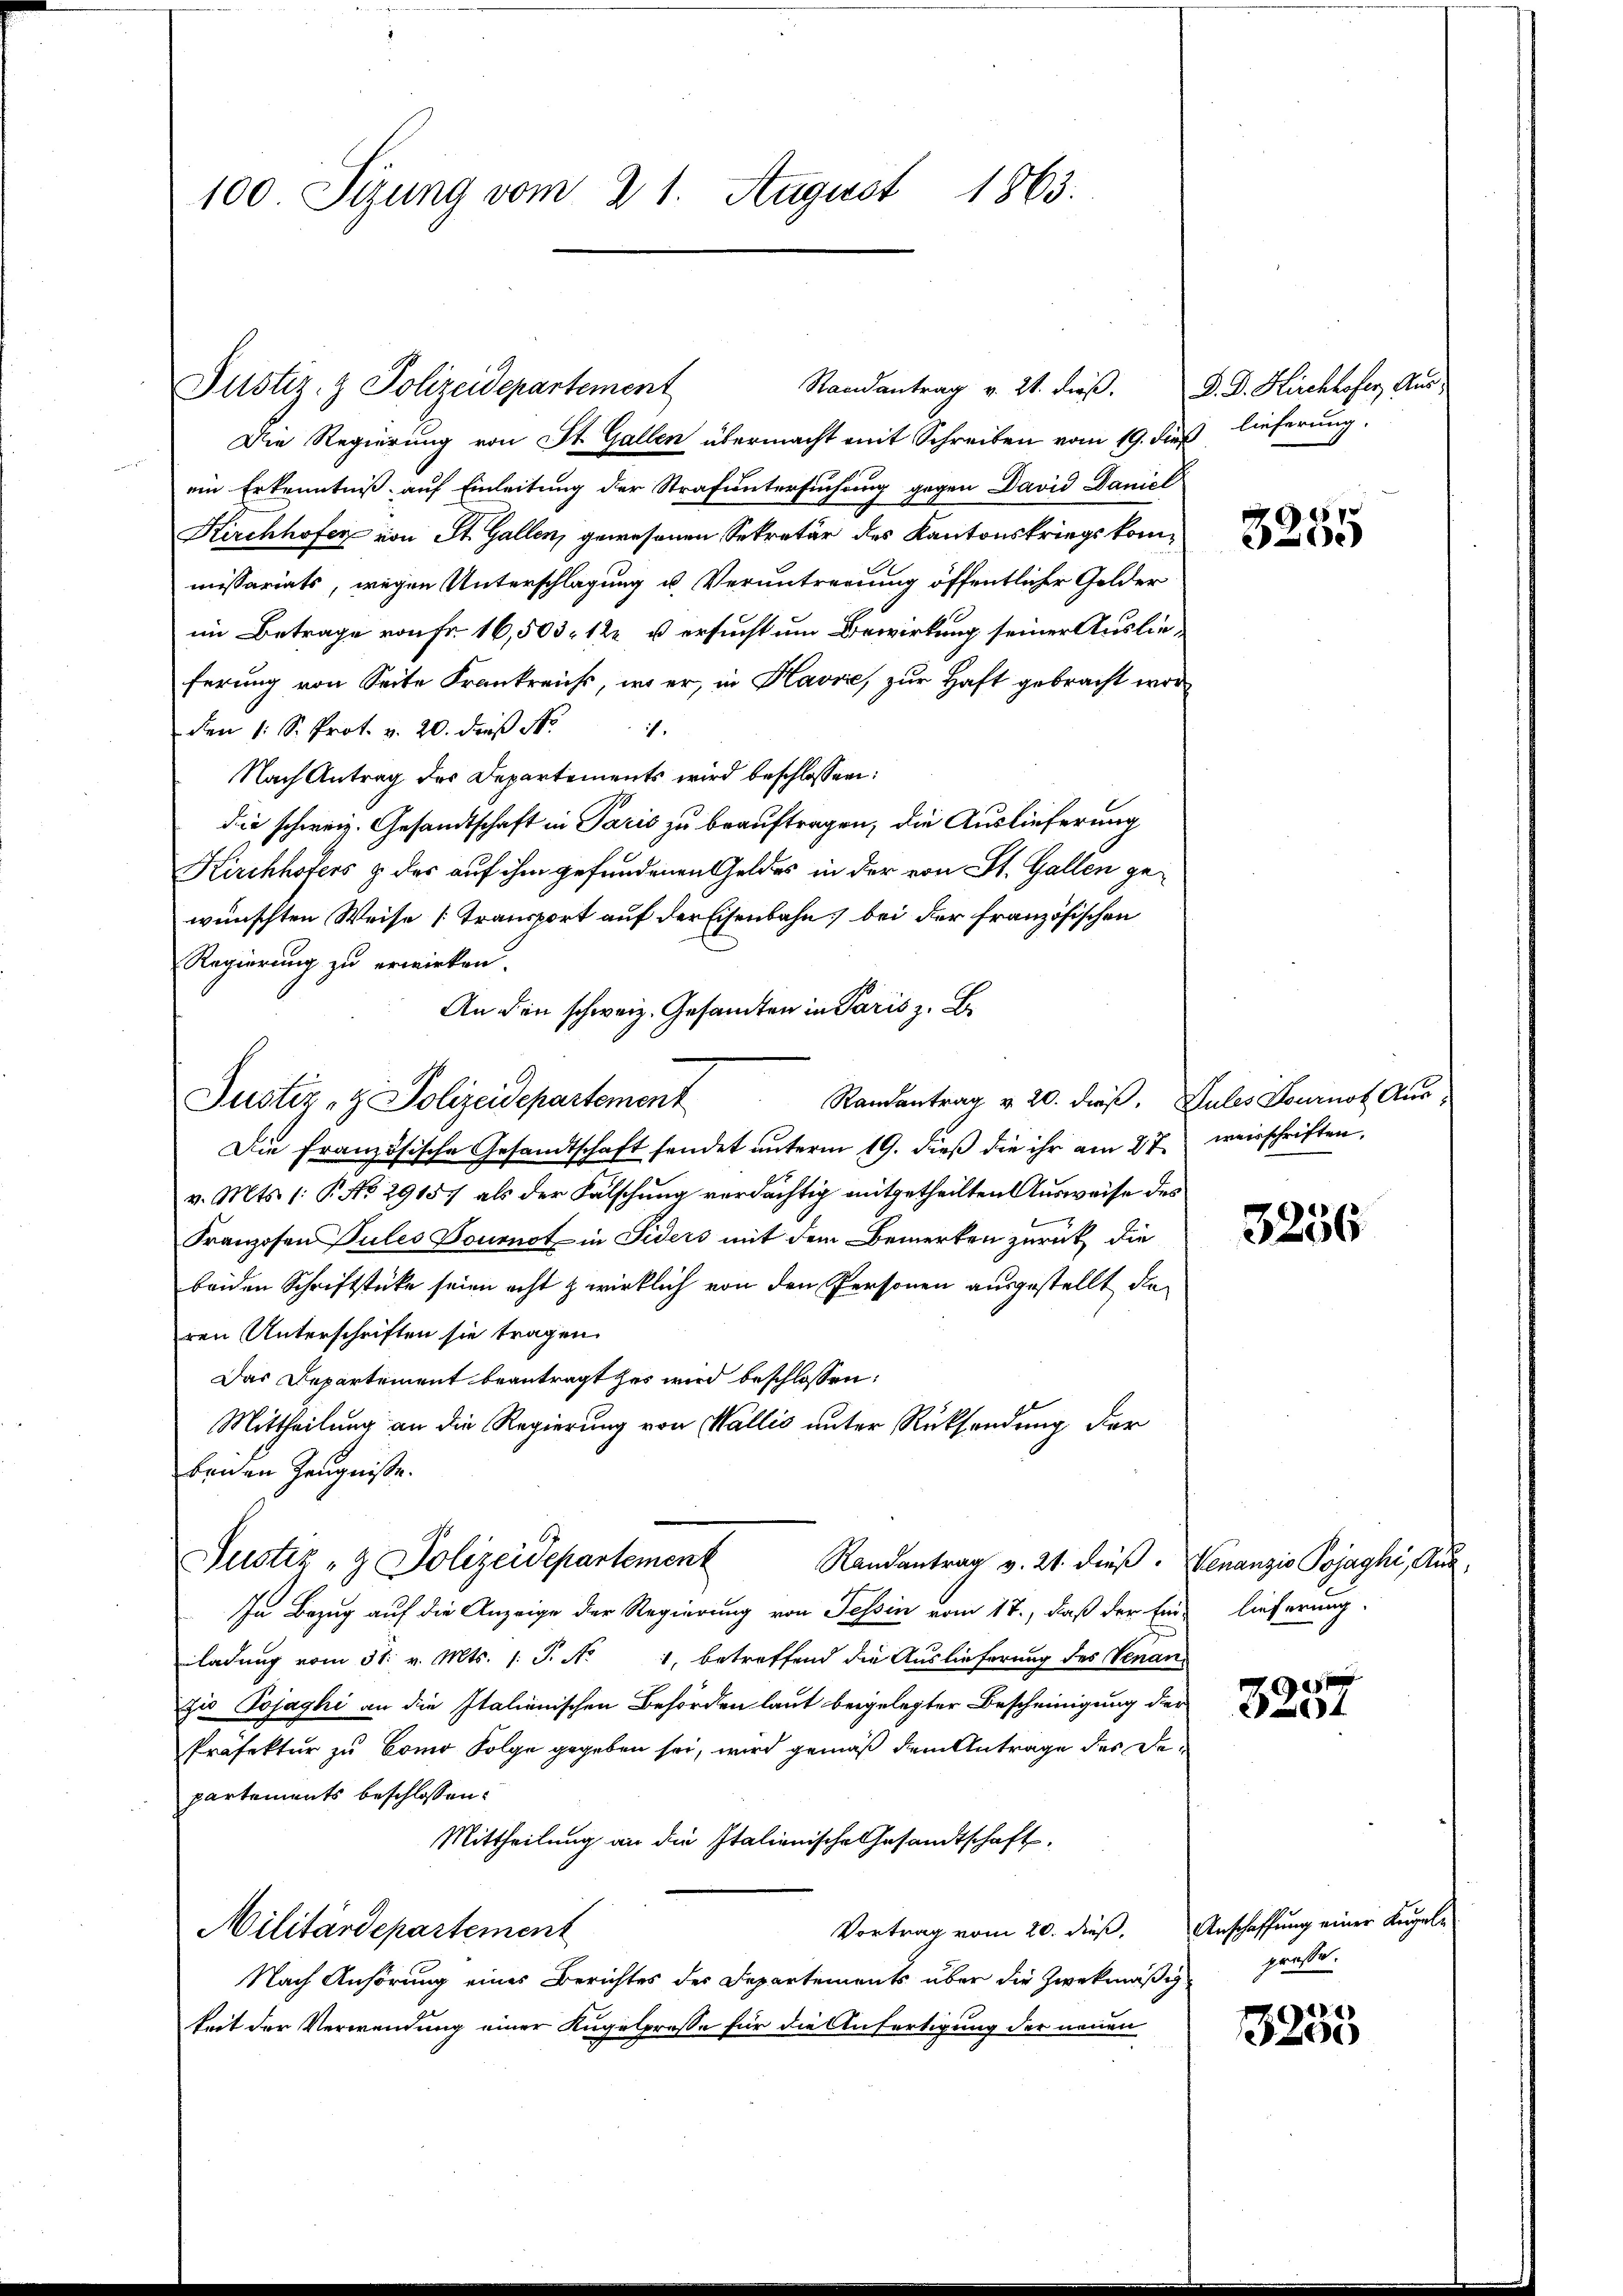
100 Sizung vom 21. August 1863.

Justiz- & Polizeidepartement

Justiz- & Polizeidepartement

Die Regierung von St. Gallen übermacht mit Schreiben vom 19. dieß lieferung.
ein Erkenntniß auf Einleitung der Strafuntersuchung gegen David Daniel
Kirchhofer von St. Gallen, gewesenen Sekretär des Kantonskriegskommissariats, wegen Unterschlagung u. Veruntreeuung öffentlicher Gelder
im Betrage von Fr. 16,503. 122 u ersucht um Bewirkung seiner Auslieferung von Seite Frankreichs, wo er, in Havre, zur Haft gebracht wor¬
1.
den 1. S. Prof. v. 20. dieß N
Nach Antrag des Departements wird beschlossen:
die schweiz. Gesandtschaft in Paris zu beauftragen, die Auslieferung
Kirchhofers & des auf ihm gefundenen Geldes in der von St. Gallen gewünschten Weise [Transport auf der Eisenbahn bei der französischen
Regierung zu erwirken.
An den schweiz. Gesandten in Paris z. B.
Randantrag v. 20. dieß. Sules Journot Aus-
Die französische Gesandtschaft fandet ŭnterm 19. dieβ die ihr am 27. weisschriften,
v. Mts. 1: P. No 29157 als der Fälschung verdächtig mitgetheilten Ausweise des
Franzosen Pules Doumnot in Fiders mit dem Bemerken zurück, die
beiden Schriftstücke seien acht zwirklich von den Personen ausgestellt die
ren Unterschriften sie tragen.
Das Departement beantragt hat wird beschlossen:
Mittheilung an die Regierung von Wallis unter Rücksendung der
benen Zeugniße.
Justiz- & Polizeidepartement
Randantrag v. 21. dieß. Venanzio Pojaghi, Aus-
In Bezug auf die Anzeige der Regierung von Tessin vom 17., daß der Ein-
ladung vom 31. v. Mts. 1. P. No 1, betreffend die Auslieferung des Venan-
zio Pojaghi an die Italienischen Behörden laut beigelegter Bescheinigung der
Präfektur zu Como Folge gegeben sei, wird gemäß dem Antrage des Departements beschlossen:
Mittheilung an die Italienische Gesandtschaft.
Vortrag vom 20. dieß. Anschaffung einer Kugele
Militärdepartement
Nach Anhörung eines Berichtes des Departements über die Zwekmäßig
keit der Verwendung einer Kugelpresse für die Anfertigung der neuen

Randantrag v. 21. dieß. D. D. Kirchhofer, Aus-

4
e

3256

lieferung.

n
4

grosse.

3235